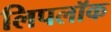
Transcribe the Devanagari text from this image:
लिपलॉक